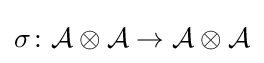
\sigma \colon {\mathcal {A\otimes A}}\rightarrow {\mathcal {A\otimes A}}